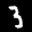
Label: 3